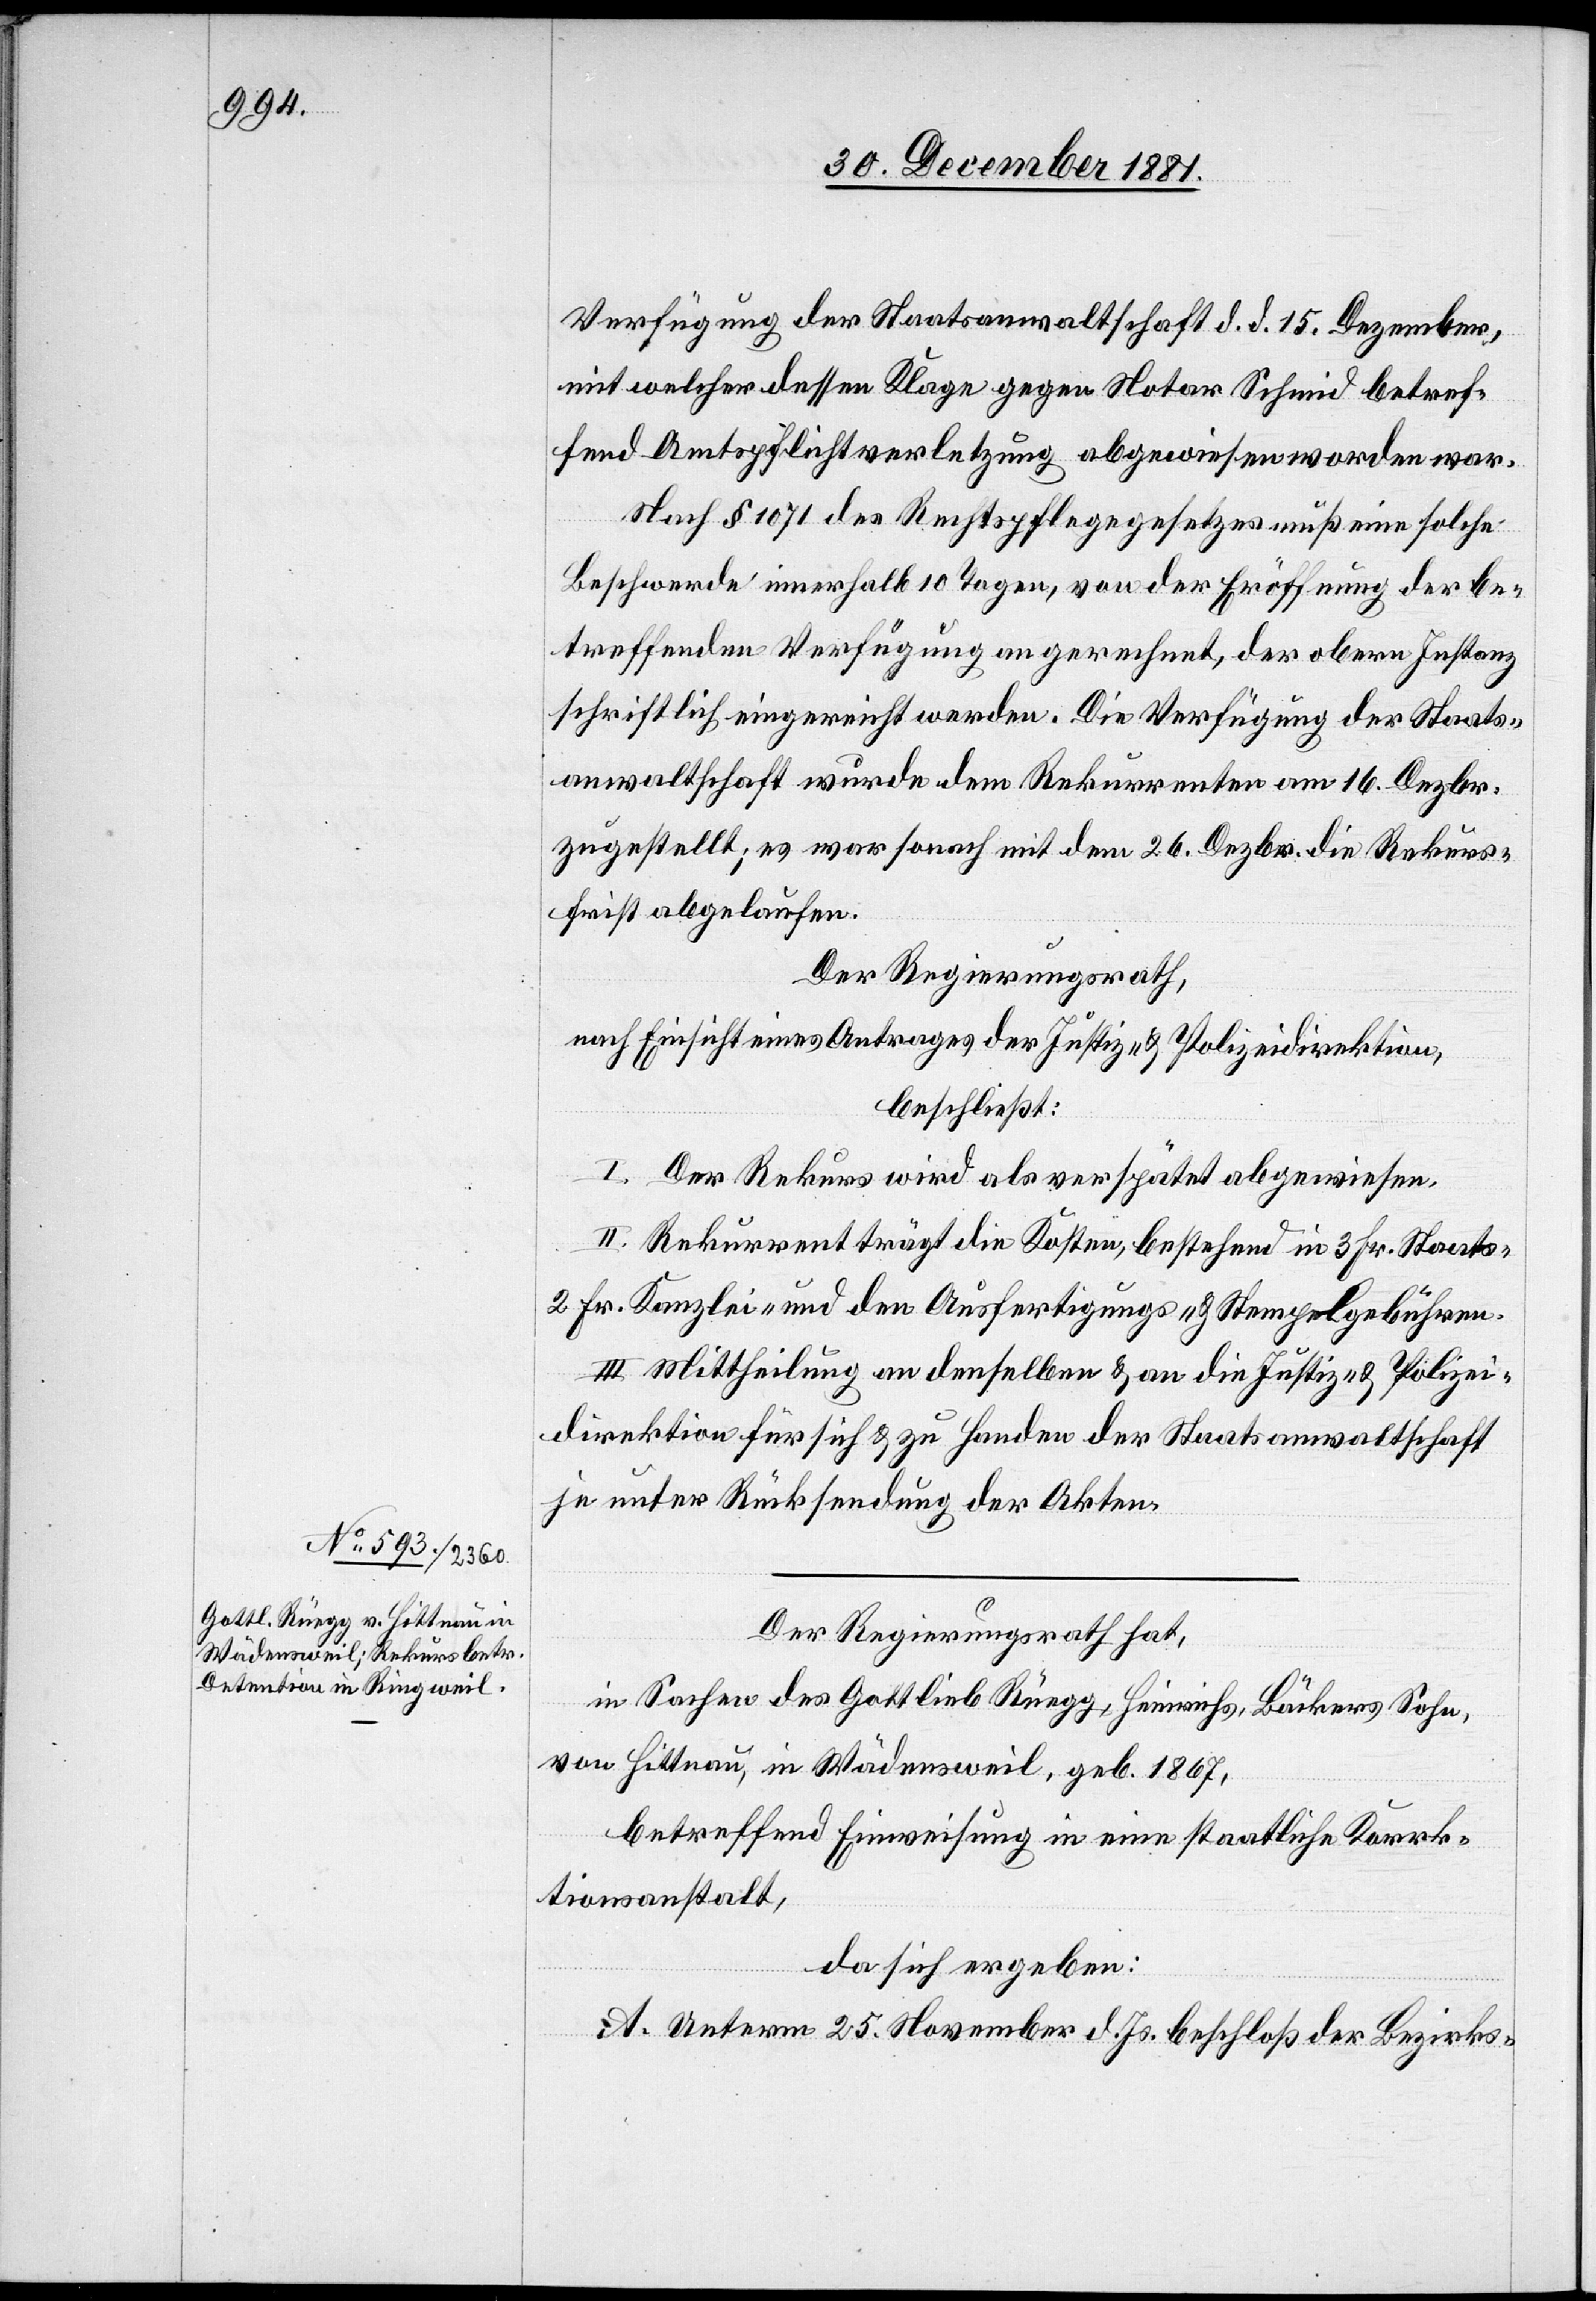
Verfügung der Staatsanwaltschaft d. d. 15. Dezember,
mit welcher dessen Klage gegen Notar Schmid betref¬
fend Amtspflichtverletzung abgewiesen worden war.
Nach § 1071 des Rechtspflegegesetzes muß eine solche
Beschwerde innerhalb 10 Tagen, von der Eröffnung der be¬
treffenden Verfügung an gerechnet, der obern Instanz
schriftlich eingereicht werden. Die Verfügung der Staats¬
anwaltschaft wurde dem Rekurrenten am 16. Dezbr.
zugestellt; es war sonach mit dem 26. Dezbr. die Rekurs¬
frist abgelaufen.
Der Regierungsrath,
nach Einsicht eines Antrages der Justiz- & Polizeidirektion,
beschließt:
I. Der Rekurs wird als verspätet abgewiesen.
II. Rekurrent trägt die Kosten, bestehend in 3 Fr. Staats-,
2 Fr. Kanzlei- und den Ausfertigungs- & Stempelgebühren.
III. Mittheilung an denselben & an die Justiz- & Polizei¬
direktion für sich & zu Handen der Staatsanwaltschaft
je unter Rücksendung der Akten.
Der Regierungsrath hat,
in Sachen des Gottlieb Rüegg, Heinrichs, Bäckers Sohn,
von Hittnau, in Wädensweil, geb. 1867,
betreffend Einweisung in eine staatliche Korrek¬
tionsanstalt,
da sich ergeben:
A. Unterm 25. November d. Js. beschloß der Bezirks-